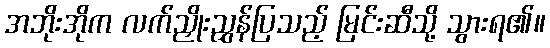
အဘိုးအိုက လက်ညှိုးညွှန်ပြသည့် မြင်းဆီသို့ သွားရ၏။